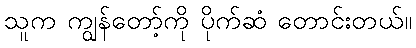
သူက ကျွန်တော့်ကို ပိုက်ဆံ တောင်းတယ်။